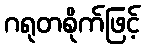
ဂရုတစိုက်ဖြင့်